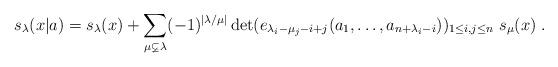
LaTeX: \begin{align*}s_{\lambda }(x|a)=s_{\lambda }(x)+\sum_{\mu \varsubsetneq \lambda}(-1)^{|\lambda /\mu |}\det (e_{\lambda _{i}-\mu _{j}-i+j}(a_{1},\ldots,a_{n+\lambda _{i}-i}))_{1\leq i,j\leq n}~s_{\mu }(x)\;. \end{align*}